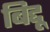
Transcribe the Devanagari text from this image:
बिद्दू